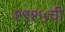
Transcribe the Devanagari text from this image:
१९१५ची